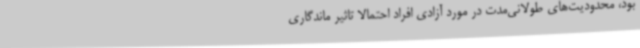
بود، محدودیت‌های طولانی‌مدت در مورد آزادی افراد احتمالا تاثیر ماندگاری